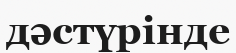
дәстүрінде